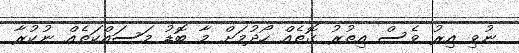
ނުވި އިރު ވެސް އިތުރު ގޮތެއް ހޯދުމަށް މާ ބޮޑު މަސައްކަތެއް ނުކުރާ